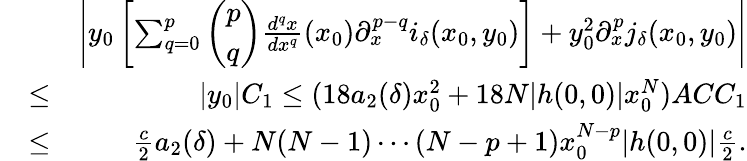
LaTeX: \begin{array}{rlr}&{}&{\left|y_{0}\left[\sum_{q=0}^{p}\left(\begin{array}{l}{p}\\ {q}\end{array}\right)\frac{d^{q}x}{dx^{q}}(x_{0})\partial_{x}^{p-q}i_{\delta}(x_{0},y_{0})\right]+y_{0}^{2}\partial_{x}^{p}j_{\delta}(x_{0},y_{0})\right|}\\ &{\leq}&{|y_{0}|C_{1}\leq(18a_{2}(\delta)x_{0}^{2}+18N|h(0,0)|x_{0}^{N})ACC_{1}}\\ &{\leq}&{\frac{c}{2}a_{2}(\delta)+N(N-1)\cdots(N-p+1)x_{0}^{N-p}|h(0,0)|\frac{c}{2}.}\end{array}